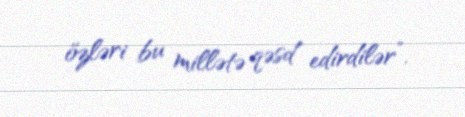
özləri bu millətə qəsd edirdilər”.